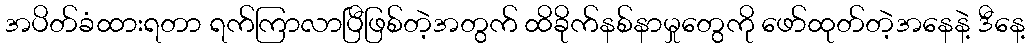
အပိတ်ခံထားရတာ ရက်ကြာလာပြီဖြစ်တဲ့အတွက် ထိခိုက်နစ်နာမှုတွေကို ဖော်ထုတ်တဲ့အနေနဲ့ ဒီနေ့